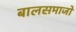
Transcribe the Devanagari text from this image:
बालसमाजों